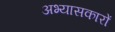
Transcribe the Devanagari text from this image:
अभ्‍यासकारों